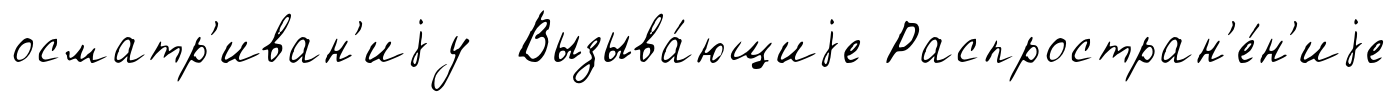
осматр'иван'иjу Вызыва́ющиjе Распростран'е́н'иjе